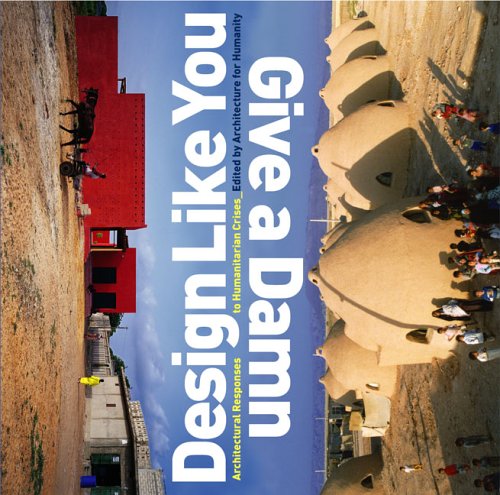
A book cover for Design Like You Give A Damn: Architectural Responses To Humanitarian Crises; Architecture for Humanity; Arts & Photography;